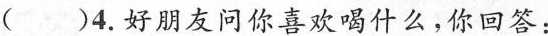
( )4.好朋友问你喜欢喝什么,你回答: